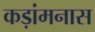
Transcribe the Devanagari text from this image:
कड़ांमनास